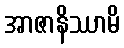
အာဇာနိဿာမိ